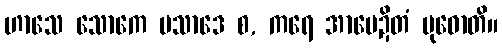
ဟာသေ သောကေ ပသာဒေ စ, ကရေ အာမေဍိတံ ဗုဓောတိ။